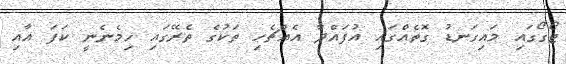
ޓޯގޯގައި މައިގަނޑު ގޮތެއްގައި އުފައްދާ އެއްޗެހި ތަކުގެ ތެރޭގައި ހިމެނެނީ ކަފަ އާއި